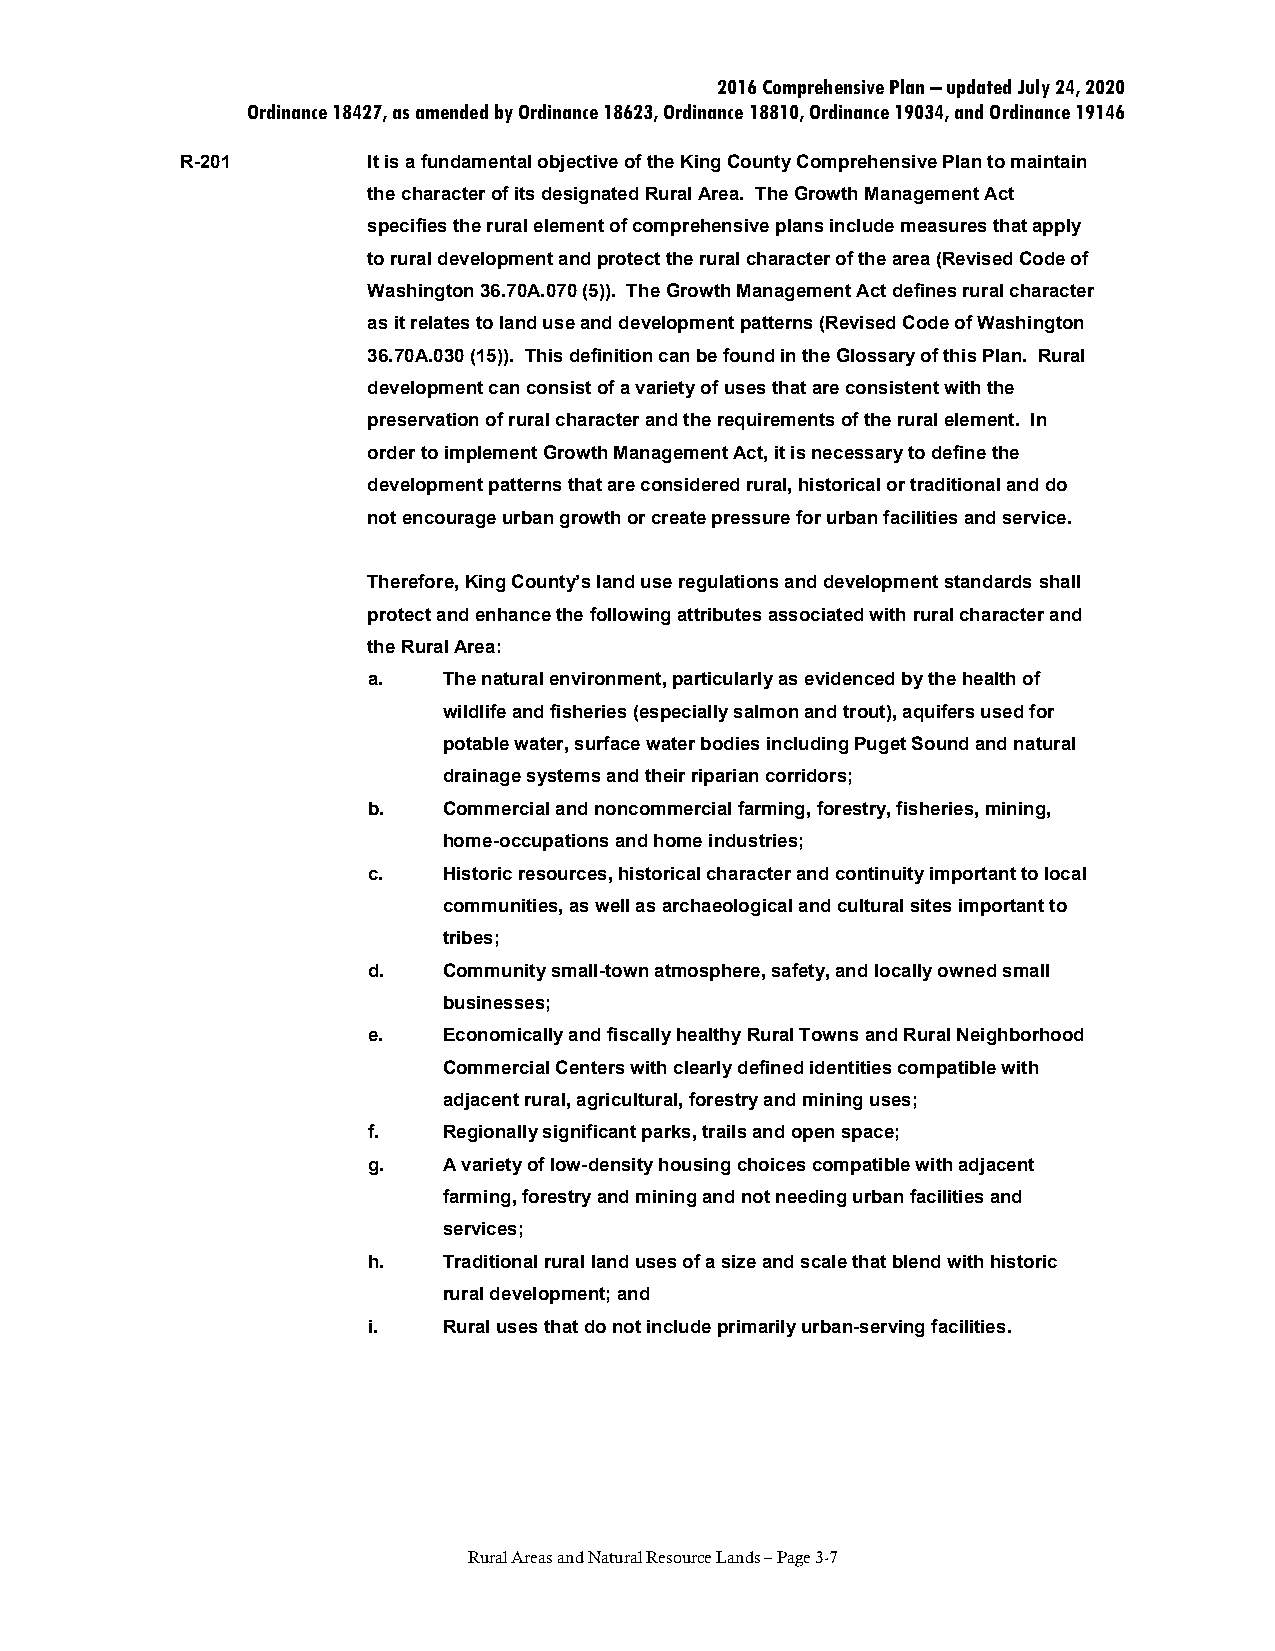
2016 Comprehensive Plan – updated July 24, 2020
 Ordinance 18427, as amended by Ordinance 18623, Ordinance 18810, Ordinance 19034, and Ordinance 19146
 R-201       It is a fundamental objective of the King County Comprehensive Plan to maintain
 the character of its designated Rural Area. The Growth Management Act
 specifies the rural element of comprehensive plans include measures that apply
 to rural development and protect the rural character of the area (Revised Code of
 Washington 36.70A.070 (5)). The Growth Management Act defines rural character
 as it relates to land use and development patterns (Revised Code of Washington
 36.70A.030 (15)). This definition can be found in the Glossary of this Plan. Rural
 development can consist of a variety of uses that are consistent with the
 preservation of rural character and the requirements of the rural element. In
 order to implement Growth Management Act, it is necessary to define the
 development patterns that are considered rural, historical or traditional and do
 not encourage urban growth or create pressure for urban facilities and service.
 Therefore, King County’s land use regulations and development standards shall
 protect and enhance the following attributes associated with rural character and
 the Rural Area:
 a.   The natural environment, particularly as evidenced by the health of
 wildlife and fisheries (especially salmon and trout), aquifers used for
 potable water, surface water bodies including Puget Sound and natural
 drainage systems and their riparian corridors;
 b.   Commercial and noncommercial farming, forestry, fisheries, mining,
 home-occupations and home industries;
 c.   Historic resources, historical character and continuity important to local
 communities, as well as archaeological and cultural sites important to
 tribes;
 d.   Community small-town atmosphere, safety, and locally owned small
 businesses;
 e.   Economically and fiscally healthy Rural Towns and Rural Neighborhood
 Commercial Centers with clearly defined identities compatible with
 adjacent rural, agricultural, forestry and mining uses;
 f.   Regionally significant parks, trails and open space;
 g.   A variety of low-density housing choices compatible with adjacent
 farming, forestry and mining and not needing urban facilities and
 services;
 h.   Traditional rural land uses of a size and scale that blend with historic
 rural development; and
 i.   Rural uses that do not include primarily urban-serving facilities.
 Rural Areas and Natural Resource Lands – Page 3-7